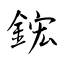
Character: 鋐